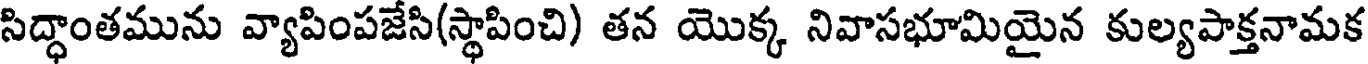
సిద్ధాంతమును వ్యాపింపజేసి(స్థాపించి) తన యొక్క నివాసభూమియైన కుల్యపాక్తనామక